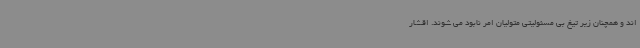
اند و همچنان زیر تیغ بی مسئولیتی متولیان امر نابود می شوند. اقشار